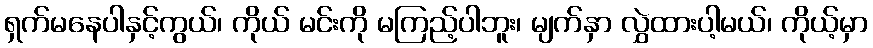
ရှက်မနေပါနှင့်ကွယ်၊ ကိုယ် မင်းကို မကြည့်ပါဘူး၊ မျက်နှာ လွှဲထားပါ့မယ်၊ ကိုယ့်မှာ